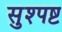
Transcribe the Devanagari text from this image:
सुश्पष्ट